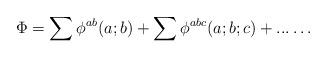
LaTeX: \begin{align*}\Phi = \sum \phi^{ab} ( a; b ) + \sum \phi^{abc} ( a; b; c ) + ...\ldots\end{align*}